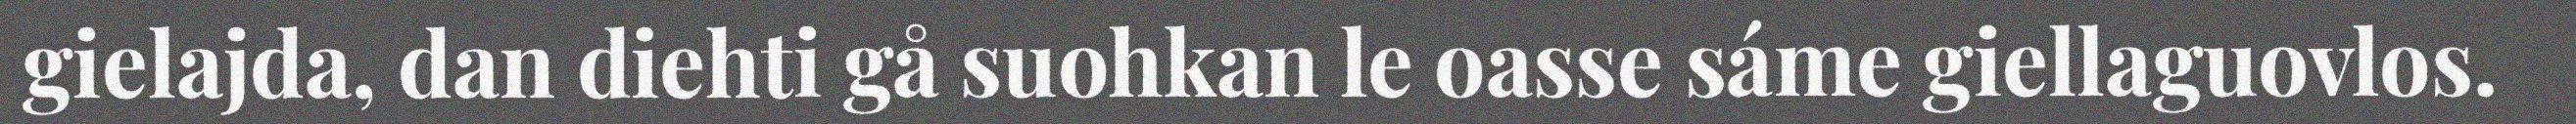
gielajda, dan diehti gå suohkan le oasse sáme giellaguovlos.